Sanitation, dispensaries and jails vaccination Rajputana 1922-1927 - 1922-1927
Year: 1922
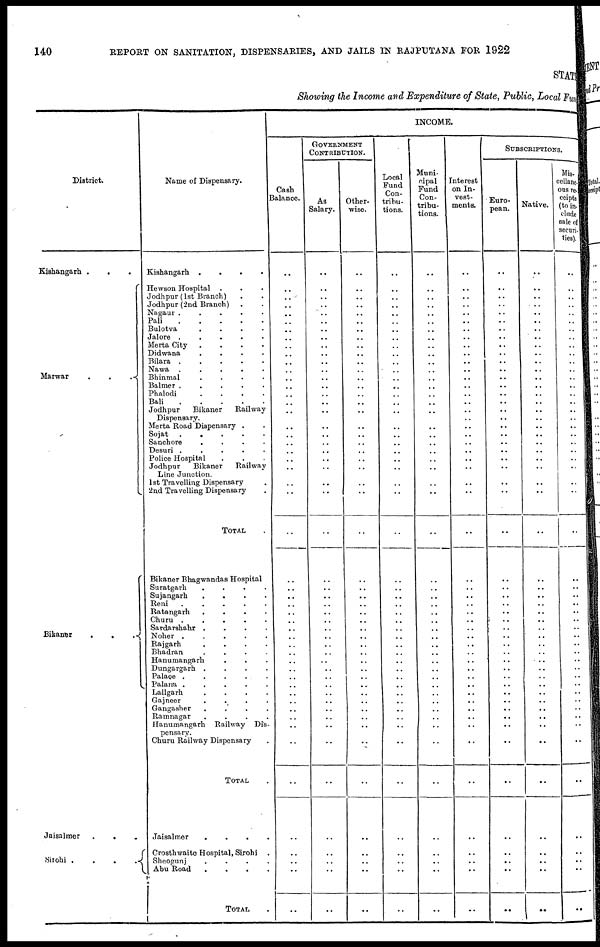
140
REPORT ON SANITATION, DISPENSARIES, AND JAILS IN RAJPUTANA FOR 1922
STATE
Showing the Income and Expenditure of State, Public, Local Fun
District.
Kishangarh . ..
Marwar
.
.
.
Bikaner
.
.
.
Jaisalmer
.
.
Sirohi
Name of Dispensary.
Kishangarh .
.
.
.
Hewson Hospital . . .
Jodhpur (1st Branch) . .
Jodhpur (2nd Branch) . .
Nagaur .
.
.
.
.
Pali . . . . .
Bulotva . . . . .
Jalore .
.
.
.
.
Merta City
.
.
.
.
Didwana
.
.
.
.
Bilara .
.
.
.
.
Nawa .
.
.
.
.
Bhinmal
.
.
.
.
Balmer .
.
.
.
.
Phalodi
.
.
.
.
Bali
.
.
.
.
Jodhpur
Bikaner
Railway
Dispensary.
Merta Road Dispensary .
Sojat
.
.
.
.
.
Sanchore
.
.
.
.
Desuri .
.
.
.
.
Police Hospital . . .
Jodhpur
Bikaner
Railway
Line Junction.
1st Travelling Dispensary.
2nd Travelling Dispensary.
TOTAL .
Bikaner Bhagwandas Hospital
Suratgarh
.
.
.
.
Sujangarh
.
.
.
.
Reni
.
.
.
.
.
Ratangarh
.
.
.
.
Churu .
.
.
.
.
Sardarshahr .
Noher .
.
.
.
.
Rajgarh
.
.
.
.
Bhadran
.
.
.
.
Hanumangarh . . .
Dungargarh .
.
.
.
Palace .
.
.
.
.
Palana .
.
.
.
.
Lallgarh
. . .
.
.
Gajneer
.
.
.
.
Gangasher
.
.
.
.
Ramnagar . . . .
Hanumangarh Railway Dis-
pensary.
Churu Railway Dispensary
TOTAL .
Jaisalmer
.
.
.
.
Crosthwaite Hospital, Sirohi
Sheogunj
.
.
.
.
Abu Road
.
.
.
.
TOTAL
.
INCOME.
Cash
Balance.
..
..
..
..
..
..
..
..
..
..
..
..
..
..
..
..
..
..
..
..
..
..
..
..
..
..
..
..
..
..
..
..
..
..
..
..
..
..
..
..
..
..
..
..
..
..
..
..
..
..
..
..
..
..
GOVERNMENT
CONTRIBUTION.
As
Salary.
..
..
..
..
..
..
..
..
..
..
..
..
..
..
..
..
..
..
..
..
..
..
..
..
..
..
..
..
..
..
..
..
..
..
..
..
..
..
..
..
..
..
..
..
..
..
..
..
..
..
..
..
..
..
Other¬
wise.
..
..
..
..
..
..
..
..
..
..
..
..
..
..
..
..
..
..
..
..
..
..
..
..
..
..
..
..
..
..
..
..
..
..
..
..
..
..
..
..
..
..
..
..
..
..
..
..
..
..
..
..
..
..
Local
Fund
Con-
tribu-
tions.
..
..
..
..
..
..
..
..
..
..
..
..
..
..
..
..
..
..
..
..
..
..
..
..
..
..
..
..
..
..
..
..
..
..
..
..
..
..
..
..
..
..
..
..
..
..
..
..
..
..
..
..
..
..
Muni-
cipal
Fund
Con-
tribu-
tions.
..
..
..
..
..
..
..
..
..
..
..
..
..
..
..
..
..
..
..
..
..
..
..
..
..
..
..
..
..
..
..
..
..
..
..
..
..
..
..
..
..
..
..
..
..
..
..
..
..
..
..
..
..
..
Interest
on In-
vest-
ments.
..
..
..
..
..
..
..
..
..
..
..
..
..
..
..
..
..
..
..
..
..
..
..
..
..
..
..
..
..
..
..
..
..
..
..
..
..
..
..
..
..
..
..
..
..
..
..
..
..
..
..
..
..
..
SUBSCRIPTIONS.
Euro-
pean.
..
..
..
..
..
..
..
..
..
..
..
..
..
.. ..
..
..
..
..
..
..
..
..
..
..
..
..
..
..
..
..
..
..
..
..
..
..
..
..
..
..
..
..
..
..
..
..
..
..
..
..
..
..
..
Native.
..
..
..
..
..
..
..
..
..
..
..
..
..
..
..
..
..
..
..
..
..
..
..
..
..
..
..
..
..
..
..
..
..
..
..
..
..
..
..
..
..
..
..
..
..
..
..
..
..
..
..
..
..
..
Mis¬
cellane.
ous re-
ceipts
(to in¬
clude
sale of
securi¬
ties).
..
..
..
..
..
..
..
..
..
..
..
..
..
..
..
..
..
..
..
..
..
..
..
..
..
..
..
..
..
..
..
..
..
..
..
..
..
..
..
..
..
..
..
..
..
..
..
..
..
..
..
..
..
..